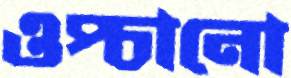
ওপ্‌চানো